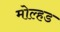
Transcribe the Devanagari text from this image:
मोल्हड